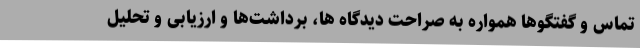
تماس و گفتگوها همواره به صراحت دیدگاه ها، برداشت‌ها و ارزیابی و تحلیل